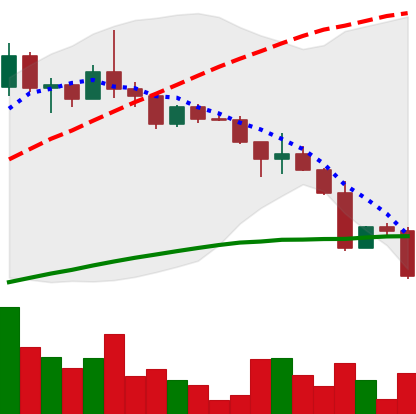
Ticker: DOGE-USD
Chart end date: 2022-12-19
Forward return: 8.707%
Label: up_7plus